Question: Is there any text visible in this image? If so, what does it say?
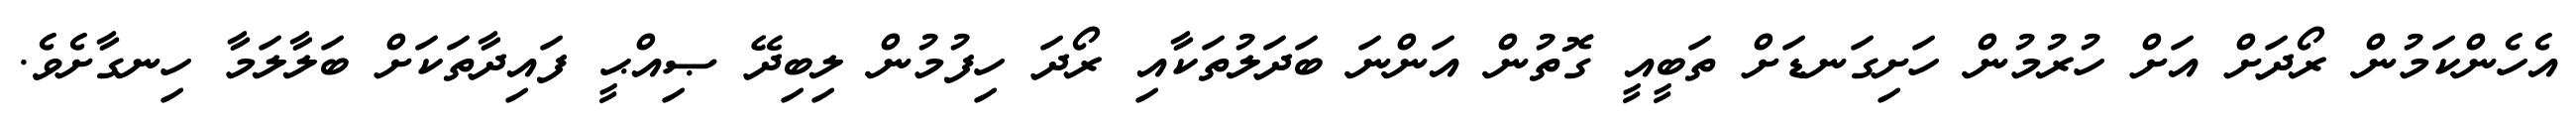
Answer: އެހެންކަމުން ރޯދަށް އަށް ހުރުމުން ހަށިގަނޑަށް ތަބީއީ ގޮތުން އަންނަ ބަދަލުތަކާއި ރޯދަ ހިފުމުން ލިބިދޭ ޞިއްޙީ ފައިދާތަކަށް ބަލާލަމާ ހިނގާށެވެ.